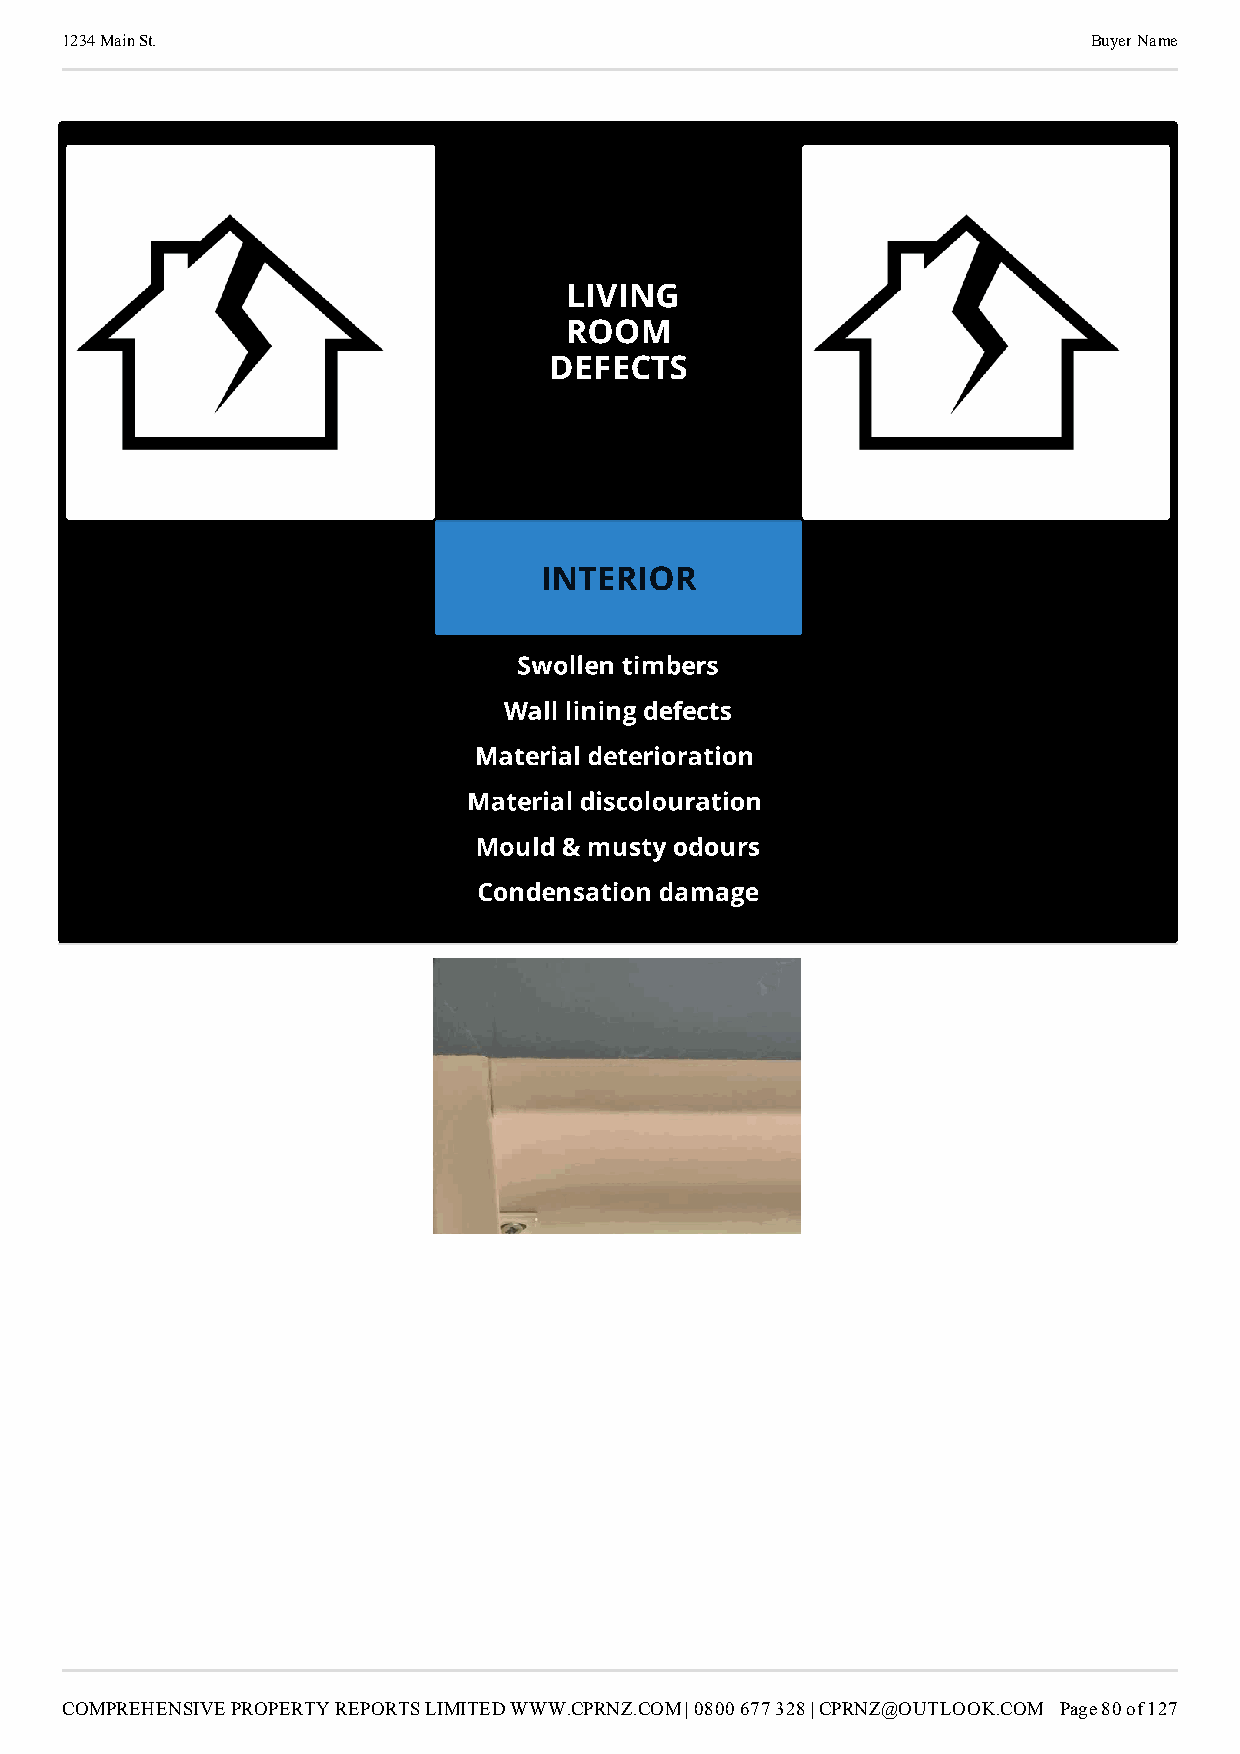
1234 Main St.                                                       Buyer Name
 LIVING
 ROOM
 DEFECTS
 INTERIOR                     1.
 Swollen timbers
 Wall lining defects
 Material deterioration
 Material discolouration
 Mould & musty odours
 Condensation damage
 COMPREHENSIVE PROPERTY REPORTS LIMITED WWW.CPRNZ.COM | 0800 677 328 | CPRNZ@OUTLOOK.COM Page 80 of 127